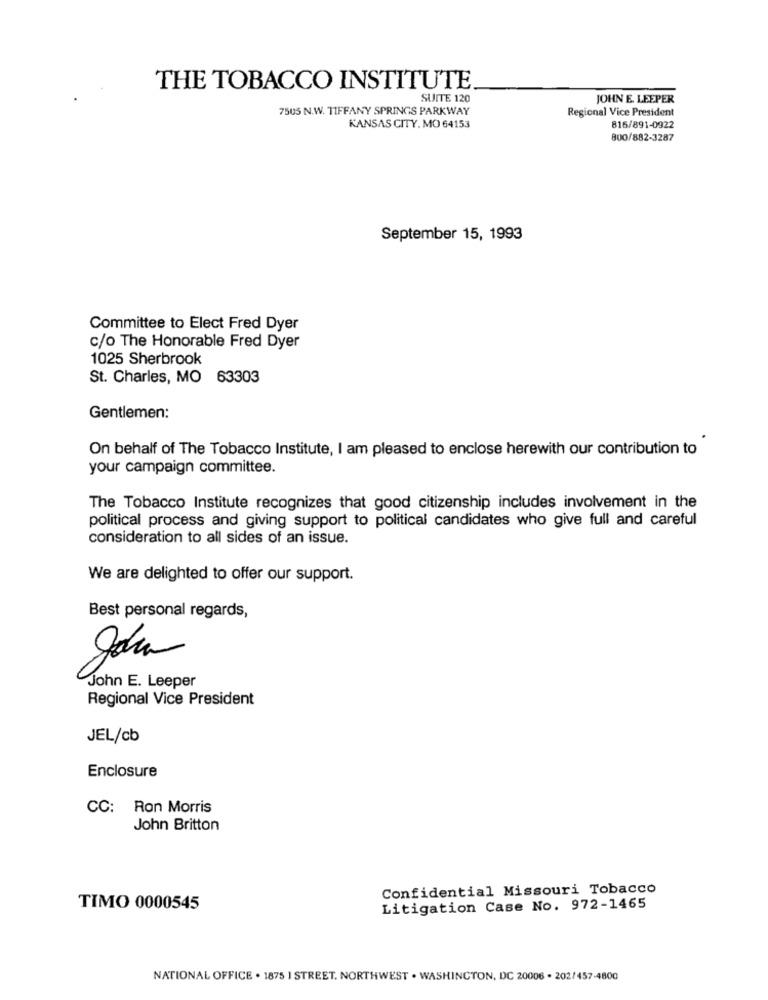
THE TOBACCO INSTITUTE
SUITE 120
JOHN E. LEEPER
7505 N.W. TIFFANY SPRINGS PARKWAY
Regional Vice President
KANSAS CITY. MO 64153
816/891-0922
800/882-3287
September 15, 1993
Committee to Elect Fred Dyer
c/o The Honorable Fred Dyer
1025 Sherbrook
St. Charles, MO 63303
Gentlemen:
On behalf of The Tobacco Institute, I am pleased to enclose herewith our contribution to
your campaign committee.
The Tobacco Institute recognizes that good citizenship includes involvement in the
political process and giving support to political candidates who give full and careful
consideration to all sides of an issue.
We are delighted to offer our support.
Best personal regards,
John E. Leeper
Regional Vice President
JEL/cb
Enclosure
CC: Ron Morris
John Britton
Confidential Missouri Tobacco
TIMO 0000545
Litigation Case No. 972-1465
NATIONAL OFFICE . 1875 I STREET. NORTHWEST . WASHINGTON, DC 20006 . 202/457-4800